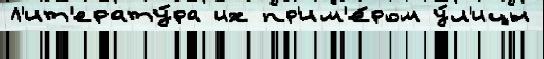
Л'ит'ерату́ра их пр'им'е́ром у́л'ицы